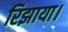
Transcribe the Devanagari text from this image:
रिझाया।